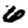
Digit: 6